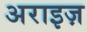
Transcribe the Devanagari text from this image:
अराइज़